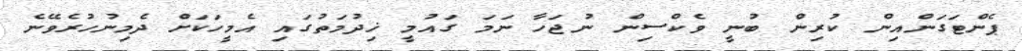
ޕެންޓަގަންއިން ކުރިން ބުނީ ވެކްސިން ނުޖަހާ ނަމަ ގައުމީ ޚިދުމަތުގައި އެމީހަކަށް ދެމިނުހުރެވޭނެ